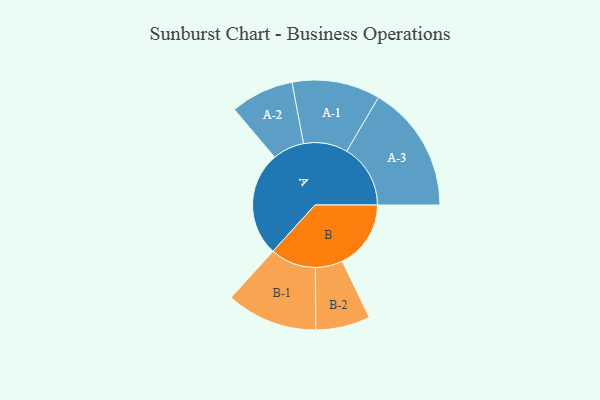
{"axis": {"x": "Segment", "y": "Value"}, "legend": ["", "A", "B"], "data": [{"x": "A", "y": 479, "type": ""}, {"x": "B", "y": 315, "type": ""}, {"x": "A-1", "y": 202, "type": "A"}, {"x": "A-2", "y": 145, "type": "A"}, {"x": "A-3", "y": 292, "type": "A"}, {"x": "B-1", "y": 209, "type": "B"}, {"x": "B-2", "y": 125, "type": "B"}]}